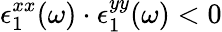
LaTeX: \epsilon_{1}^{xx}(\omega)\cdot\epsilon_{1}^{yy}(\omega)<0